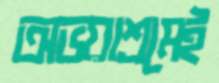
অভয়াশ্রমেই